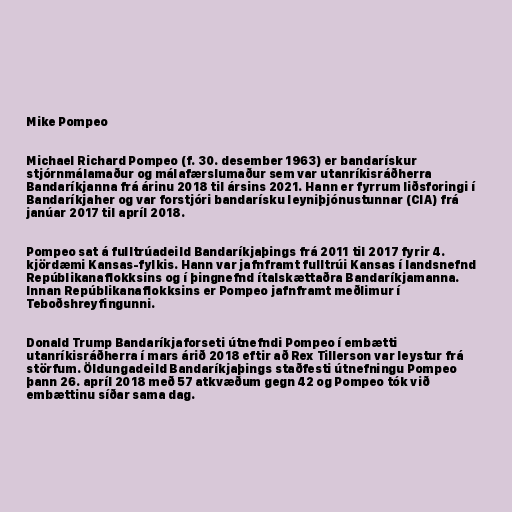
Mike Pompeo

Michael Richard Pompeo (f. 30. desember 1963) er bandarískur
stjórnmálamaður og málafærslumaður sem var utanríkisráðherra
Bandaríkjanna frá árinu 2018 til ársins 2021. Hann er fyrrum liðsforingi í
Bandaríkjaher og var forstjóri bandarísku leyniþjónustunnar (CIA) frá
janúar 2017 til apríl 2018.

Pompeo sat á fulltrúadeild Bandaríkjaþings frá 2011 til 2017 fyrir 4.
kjördæmi Kansas-fylkis. Hann var jafnframt fulltrúi Kansas í landsnefnd
Repúblikanaflokksins og í þingnefnd ítalskættaðra Bandaríkjamanna.
Innan Repúblikanaflokksins er Pompeo jafnframt meðlimur í
Teboðshreyfingunni.

Donald Trump Bandaríkjaforseti útnefndi Pompeo í embætti
utanríkisráðherra í mars árið 2018 eftir að Rex Tillerson var leystur frá
störfum. Öldungadeild Bandaríkjaþings staðfesti útnefningu Pompeo
þann 26. apríl 2018 með 57 atkvæðum gegn 42 og Pompeo tók við
embættinu síðar sama dag.